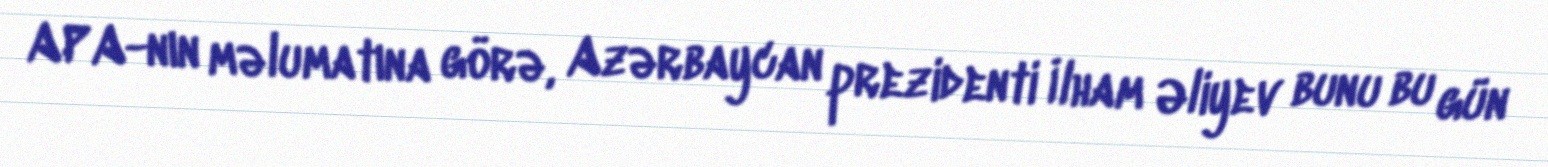
APA-nın məlumatına görə, Azərbaycan prezidenti İlham Əliyev bunu bu gün